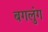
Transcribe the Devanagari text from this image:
बगलुंग